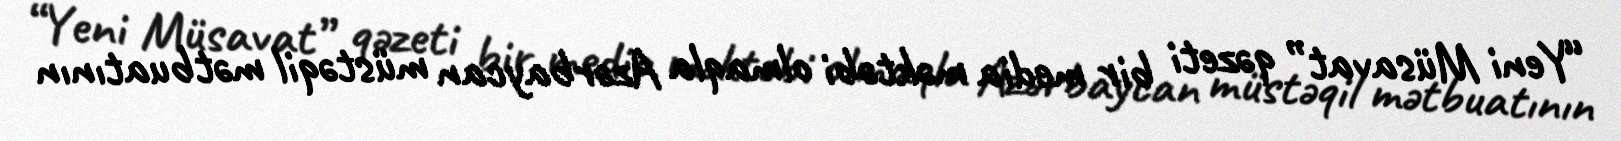
“Yeni Müsavat” qəzeti bir media məktəbi olmaqla Azərbaycan müstəqil mətbuatının